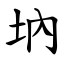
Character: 㘨